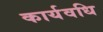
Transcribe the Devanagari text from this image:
कार्यवधि